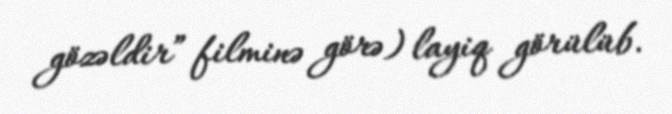
gözəldir” filminə görə) layiq görülüb.